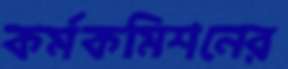
কর্মকমিশনের